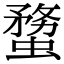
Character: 𧎻